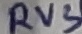
Text: RV3